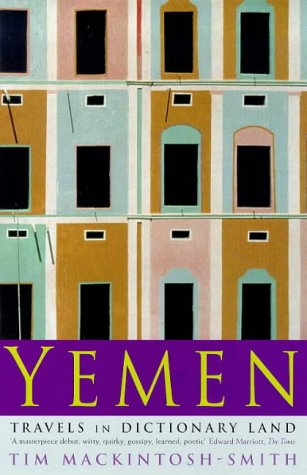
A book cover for Yemen: Travels in Dictionary Land; Tim Mackintosh-Smith; Travel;